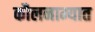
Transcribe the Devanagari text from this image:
कौलनाम्यात